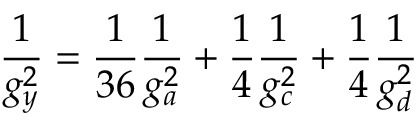
\frac { 1 } { g _ { y } ^ { 2 } } = \frac { 1 } { 3 6 } \frac { 1 } { g _ { a } ^ { 2 } } + \frac { 1 } { 4 } \frac { 1 } { g _ { c } ^ { 2 } } + \frac { 1 } { 4 } \frac { 1 } { g _ { d } ^ { 2 } }